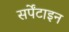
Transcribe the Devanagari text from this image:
सर्पेंटाइन